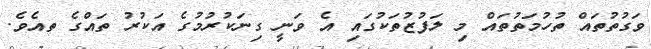
ވަގުތުތައް ތުހުމަތުތައް މި ލަފުޒުތަކުގައި އެ ވަނީ ގިނަކުރުމުގެ އަކުރު ތައްގެ ތއެވެ.